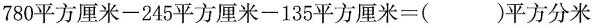
780平方厘米-245平方厘米-135平方厘米=()平方分米